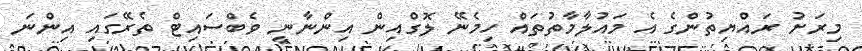
މިރަށު ރައްޔިތުންގެ އެ މައުލާމާތުތައް ހިމެނޭ ލޮގްއިން އިންނާނީ ވެބްސައިޓް ތެރޭގައި އިންނަ